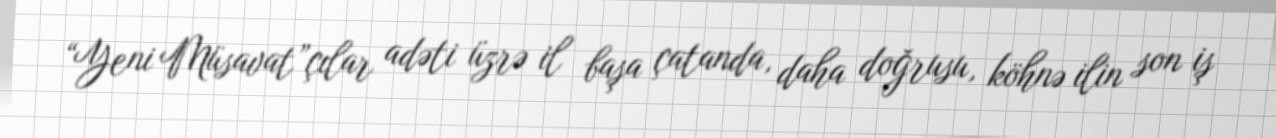
“Yeni Müsavat”çılar adəti üzrə il başa çatanda, daha doğrusu, köhnə ilin son iş